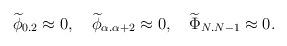
LaTeX: \begin{align*}{\widetilde\phi}_{0.2}\approx 0,\quad{\widetilde\phi}_{\alpha.\alpha+2}\approx 0,\quad {\widetilde\Phi}_{N.N-1}\approx 0.\end{align*}